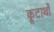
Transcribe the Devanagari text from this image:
कूटार्थों